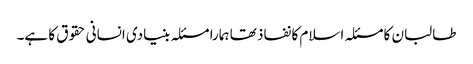
طالبان کا مسئلہ اسلام کا نفاذ تھا ہمارا مسئلہ بنیادی انسانی حقوق کا ہے۔